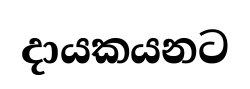
දායකයනට